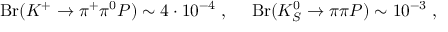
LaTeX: \mathrm { B r } ( K ^ { + } \to \pi ^ { + } \pi ^ { 0 } P ) \sim 4 \cdot 1 0 ^ { - 4 } \; , ~ ~ ~ ~ \mathrm { B r } ( K _ { S } ^ { 0 } \to \pi \pi P ) \sim 1 0 ^ { - 3 } \; , \nonumber